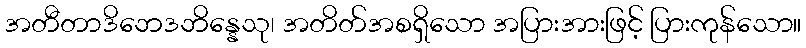
အတီတာဒိဘေဒဘိန္နေသု၊ အတိတ်အစရှိသော အပြားအားဖြင့် ပြားကုန်သော။